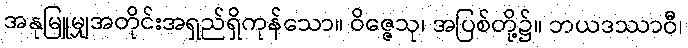
အနုမြူမျှအတိုင်းအရှည်ရှိကုန်သော။ ဝိဇ္ဇေသု၊ အပြစ်တို့၌။ ဘယဒဿာဝီ၊